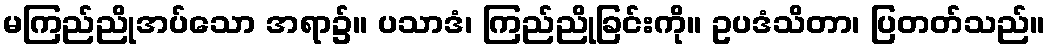
မကြည်ညိုအပ်သော အရာ၌။ ပသာဒံ၊ ကြည်ညိုခြင်းကို။ ဥပဒံသိတာ၊ ပြတတ်သည်။